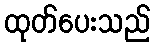
ထုတ်ပေးသည်